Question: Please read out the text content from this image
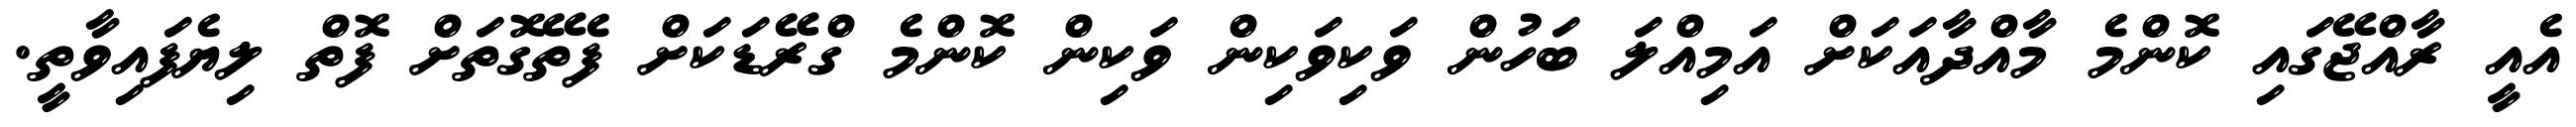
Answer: އެއީ ރާއްޖޭގައި ކޮންމެ މާއްދާއަކަށް އަމިއްލަ ބަހުން ވަކިވަކިން ވަކިން ކޮންމެ ގްރޭޑަކަށް ފެތޭގޮތަށް ފޮތް ލިޔެފައިވާތީ.